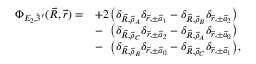
\begin{array} { r l } { \Phi _ { E _ { 2 } , \Bar 3 ^ { \prime } } ( \vec { R } , \vec { r } ) = } & { + 2 \, \big ( \delta _ { \vec { R } , \vec { \rho } _ { A } } \delta _ { \vec { r } , \pm \vec { a } _ { 1 } } - \delta _ { \vec { R } , \vec { \rho } _ { B } } \delta _ { \vec { r } , \pm \vec { a } _ { 2 } } \big ) } \\ & { - \phantom { 2 } \, \big ( \delta _ { \vec { R } , \vec { \rho } _ { C } } \delta _ { \vec { r } , \pm \vec { a } _ { 2 } } - \delta _ { \vec { R } , \vec { \rho } _ { A } } \delta _ { \vec { r } , \pm \vec { a } _ { 0 } } \big ) } \\ & { - \phantom { 2 } \, \big ( \delta _ { \vec { R } , \vec { \rho } _ { B } } \delta _ { \vec { r } , \pm \vec { a } _ { 0 } } - \delta _ { \vec { R } , \vec { \rho } _ { C } } \delta _ { \vec { r } , \pm \vec { a } _ { 1 } } \big ) , } \end{array}